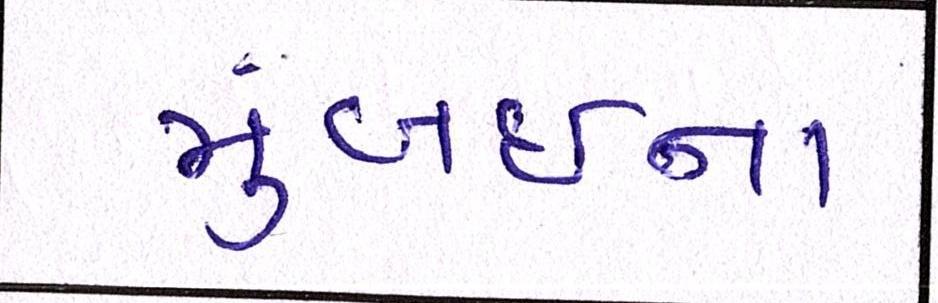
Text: મુંબઇના